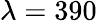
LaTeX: \lambda=390